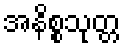
အနိစ္စသုတ္တ